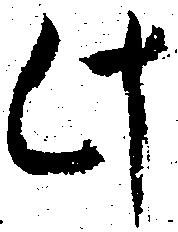
此